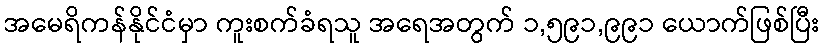
အမေရိကန်နိုင်ငံမှာ ကူးစက်ခံရသူ အရေအတွက် ၁,၅၉၁,၉၉၁ ယောက်ဖြစ်ပြီး